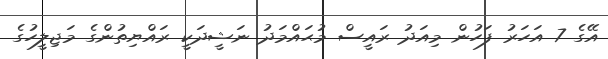
އޭގެ 7 އަހަރު ފަހުން މިއަދު ރައީސް މުޙައްމަދު ނަޝީދަކީ ރައްޔިތުންގެ މަޖިލީހުގެ